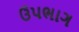
ઉપભાગ